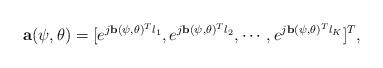
LaTeX: \begin{align*} \mathbf{a}(\psi, \theta) = [e^{j\mathbf{b}(\psi, \theta)^{T}l_{1}},e^{j\mathbf{b}(\psi, \theta)^{T}l_{2}},\cdots,e^{j\mathbf{b}(\psi, \theta)^{T}l_{K}}]^T,\end{align*}